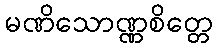
မဏိသောဏ္ဏစိတ္တေ